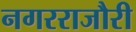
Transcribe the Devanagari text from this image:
नगरराजौरी